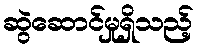
ဆွဲဆောင်မှုရှိသည့်